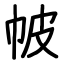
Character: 帔